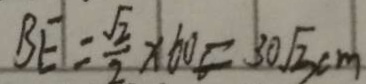
B E = \frac { \sqrt { 2 } } { 2 } \times 6 0 = 3 0 \sqrt { 3 } c m